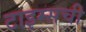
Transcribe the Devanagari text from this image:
टाइम्सची